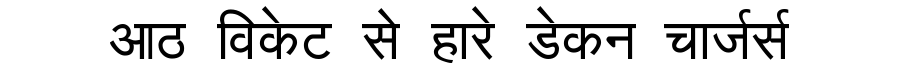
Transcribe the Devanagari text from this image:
आठ विकेट से हारे डेकन चार्जर्स